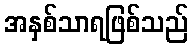
အနှစ်သာရဖြစ်သည်